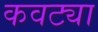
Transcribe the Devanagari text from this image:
कवट्या